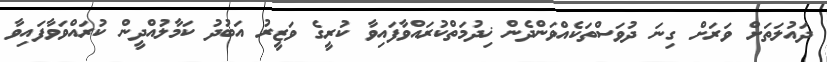
ދައުލަތަށް ވަރަށް ގިނަ ދުވަސްތަކެއްވަންދެން ޚިދުމަތްކުރައްވާފައިވާ ކުރީގެ ވަޒީރު އަބުދު ކަމާލުއްދީން ކުރައްވަވާފައިވާ